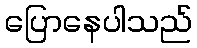
ပြောနေပါသည်